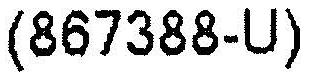
(867388-U)